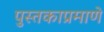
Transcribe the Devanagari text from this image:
पुस्तकाप्रमाणे